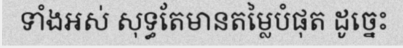
ទាំងអស់ សុទ្ធតែមានតម្លៃបំផុត ដូច្នេះ